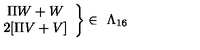
\left. \begin{array} { c } { \Pi W + W } \\ { 2 [ \Pi V + V ] } \\ \end{array} \right\} \in \ \Lambda _ { 1 6 }